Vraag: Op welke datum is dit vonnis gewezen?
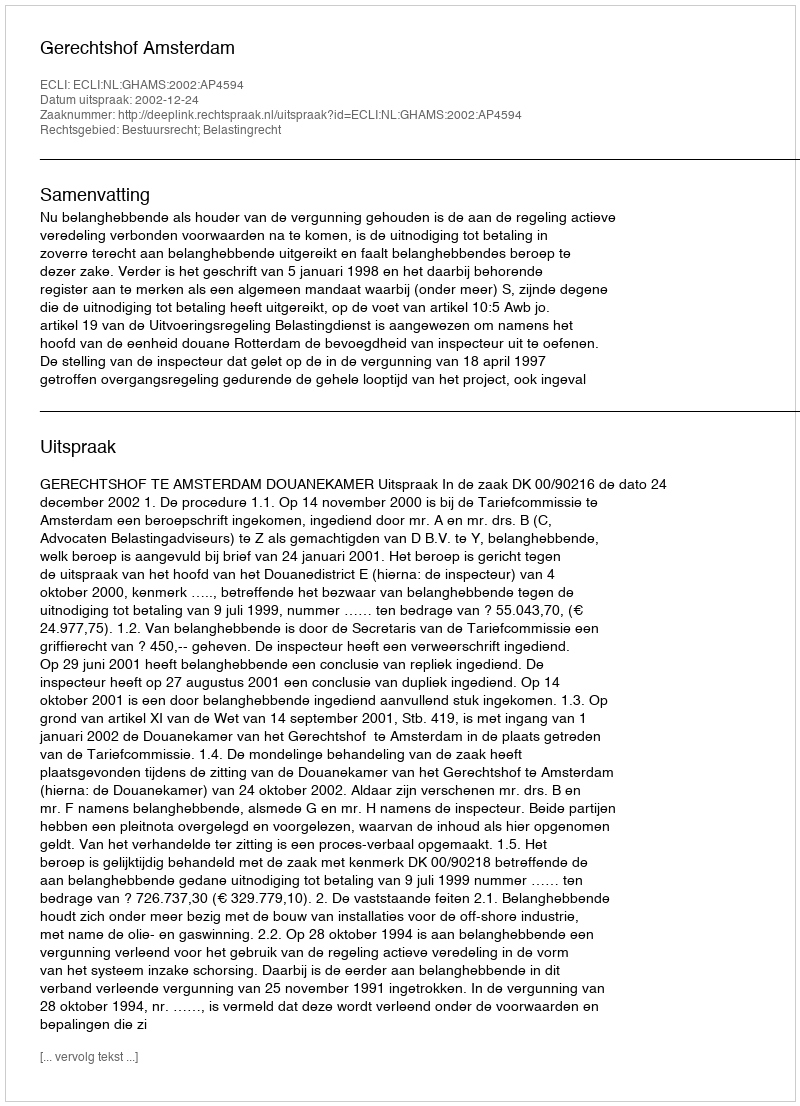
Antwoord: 2002-12-24